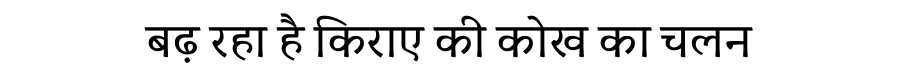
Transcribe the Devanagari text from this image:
बढ़ रहा है किराए की कोख का चलन